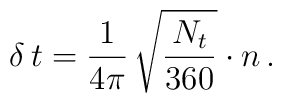
\,\delta \,t = \frac{1}{4\pi}\,\sqrt{ \frac{N_t}{360}}\cdot n\,.